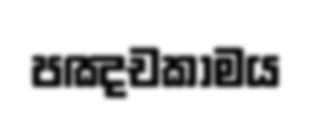
පඤචකාමය